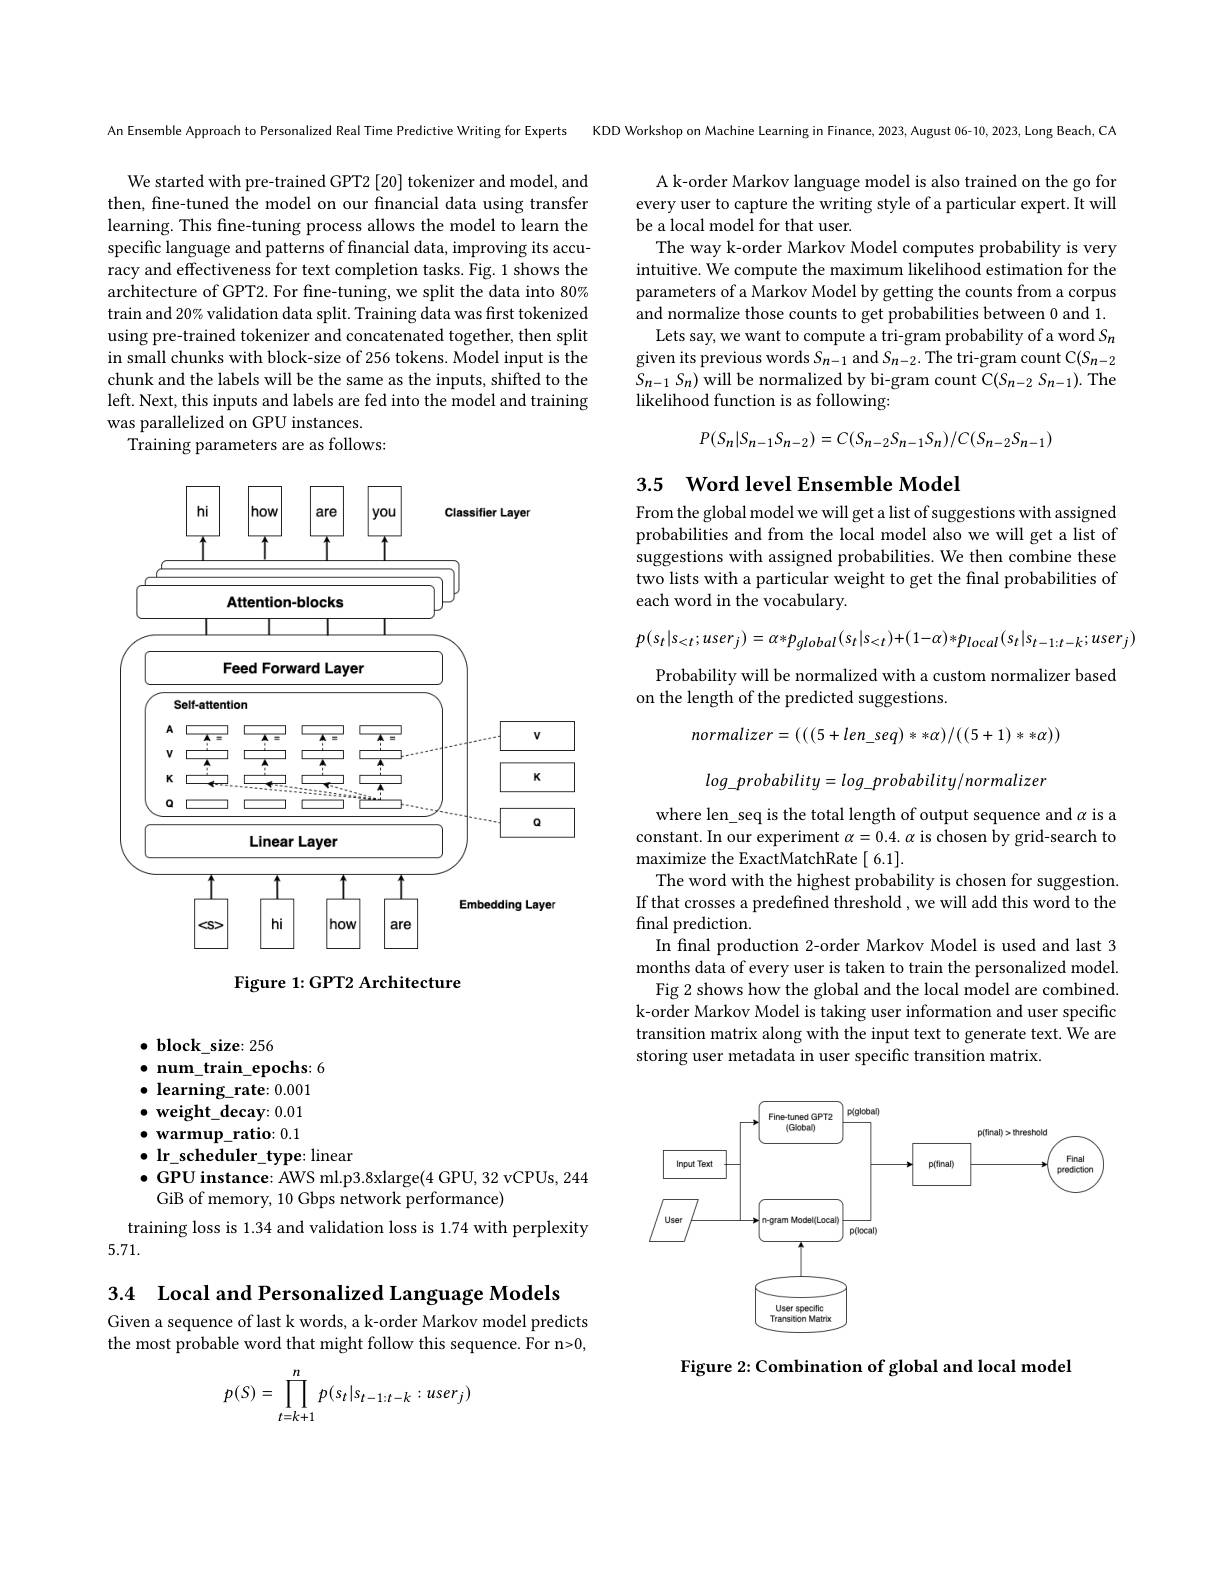
An Ensemble Approach to Personalized Real Time Predictive Writing for Experts

We started with pre-trained GPT2 [20] tokenizer and model, and then, fine-tuned the model on our financial data using transfer learning. This fine-tuning process allows the model to learn the specific language and patterns of financial data, improving its accuracy and effectiveness for text completion tasks. Fig. 1 shows the architecture of GPT2. For fine-tuning, we split the data into 80% train and 20% validation data split. Training data was first tokenized using pre-trained tokenizer and concatenated together, then split in small chunks with block-size of 256 tokens. Model input is the chunk and the labels will be the same as the inputs, shifted to the left. Next, this inputs and labels are fed into the model and training was parallelized on GPU instances.
Training parameters are as follows:

<FigureHere>

Figure 1: GPT2 Architecture

$\bullet$ block\_size: 256
$\bullet$ num\_train\_epochs: 6 $\bullet$ learning\_rate: 0.001 $\bullet$ weight\_decay: 0.01 $\bullet$ warmup\_ratio: 0.1 $\bullet$ lr\_scheduler\_type: linear
$\bullet$ GPU instance: AWS ml.p3.8xlarge(4 GPU, 32 vCPUs, 244
GiB of memory, 10 Gbps network performance)
training loss is 1.34 and validation loss is 1.74 with perplexity
5.71.

3.4 Local and Personalized Language Models

Given a sequence of last k words, a k-order Markov model predicts the most probable word that might follow this sequence. For n>0,
$$p(S)=\prod\limits_{t=k+1}^np(s_t|s_{t-1:t-k}:user_j)$$
KDD Workshop on Machine Learning in Finance, 2023, August 06-10, 2023, Long Beach, CA

A k-order Markov language model is also trained on the go for every user to capture the writing style of a particular expert. It will be a local model for that user.
The way k-order Markov Model computes probability is very intuitive. We compute the maximum likelihood estimation for the parameters of a Markov Model by getting the counts from a corpus and normalize those counts to get probabilities between 0 and 1.
Lets say, we want to compute a tri-gram probability of a word $S_n$ given its previous words $S_{n-1}$ and $S_{n-2}.$ The tri-gram count C(Sn-2 $S_{n-1}S_{n})$ will be normalized by bi-gram count C$(S_{n-2}S_{n-1}).$ The likelihood function is as following:
$$P(S_n|S_{n-1}S_{n-2})=C(S_{n-2}S_{n-1}S_n)/C(S_{n-2}S_{n-1})$$
## 3.5 Word level Ensemble Model

From the global model we will get a list of suggestions with assigned probabilities and from the local model also we will get a list of suggestions with assigned probabilities. We then combine these two lists with a particular weight to get the final probabilities of each word in the vocabulary.
$$p(s_{t}|s_{<t};user_{j})=\alpha*p_{global}(s_{t}|s_{<t})+(1-\alpha)*p_{local}(s_{t}|s_{t-1:t-k};user_{j})$$
Probability will be normalized with a custom normalizer based
on the length of the predicted suggestions.
$$normalizer=(((5+len_seq)**\alpha)/((5+1)**\alpha))$$
$log\_probability=log\_probability/normalizer$

where len\_seq is the total length of output sequence and $\alpha$ is a constant. In our experiment $\alpha=0.4.\alpha$ is chosen by grid-search to maximize the ExactMatchRate[6.1].
The word with the highest probability is chosen for suggestion. If that crosses a predefined threshold , we will add this word to the ${\mathrm{final~prediction.}}$
In final production 2-order Markov Model is used and last 3 months data of every user is taken to train the personalized model.
Fig 2 shows how the global and the local model are combined. k-order Markov Model is taking user information and user specific transition matrix along with the input text to generate text. We are storing user metadata in user specific transition matrix.

<FigureHere>

Figure 2: Combination of global and local model